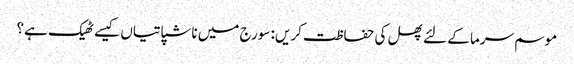
موسم سرما کے لئے پھل کی حفاظت کریں: سورج میں ناشپاتیاں کیسے ٹھیک ہے؟